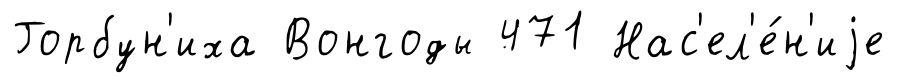
Горбун'иха Вонгоды 471 Нас'ел'е́н'иjе